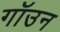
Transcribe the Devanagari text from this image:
गॉउन